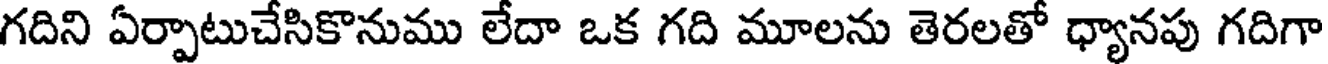
గదిని ఏర్పాటుచేసికొనుము లేదా ఒక గది మూలను తెరలతో ధ్యానపు గదిగా